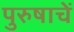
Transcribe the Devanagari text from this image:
पुरुषाचें